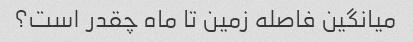
میانگین فاصله زمین تا ماه چقدر است؟